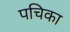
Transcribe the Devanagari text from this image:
पचिका